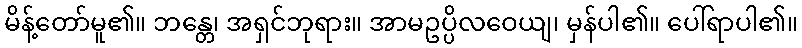
မိန့်တော်မူ၏။ ဘန္တေ၊ အရှင်ဘုရား။ အာမဥပ္ပိလဝေယျ၊ မှန်ပါ၏။ ပေါ်ရာပါ၏။